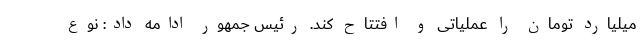
میلیارد تومان را عملیاتی و افتتاح کند. رئیس جمهور ادامه داد: نوع